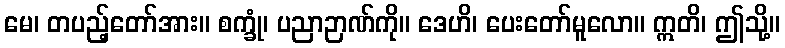
မေ၊ တပည့်တော်အား။ စက္ခုံ၊ ပညာဉာဏ်ကို။ ဒေဟိ၊ ပေးတော်မူလော။ ဣတိ၊ ဤသို့။